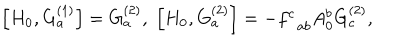
\left[ H _ { 0 } , G _ { a } ^ { ( 1 ) } \right] = G _ { a } ^ { ( 2 ) } , \; \left[ H _ { 0 } , G _ { a } ^ { ( 2 ) } \right] = - f _ { \; \; a b } ^ { c } A _ { 0 } ^ { b } G _ { c } ^ { ( 2 ) } ,